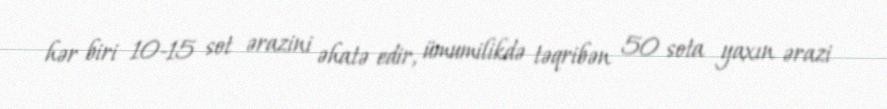
hər biri 10-15 sot ərazini əhatə edir, ümumilikdə təqribən 50 sota yaxın ərazi